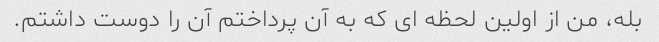
بله، من از اولین لحظه ای که به آن پرداختم آن را دوست داشتم.